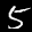
Label: 5